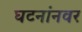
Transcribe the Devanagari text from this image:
घटनांनवर